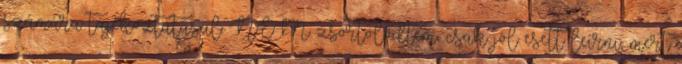
számára tájékoztatásul: NEM zsörtölődtem, csak jól esett leírni, mert